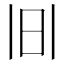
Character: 𱡹